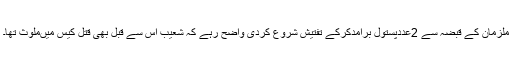
ملزمان کے قبضہ سے 2عددپستول برآمدکرکے تفتیش شروع کردی واضح رہے کہ شعیب اس سے قبل بھی قتل کیس میںملوث تھا۔